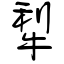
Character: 犁